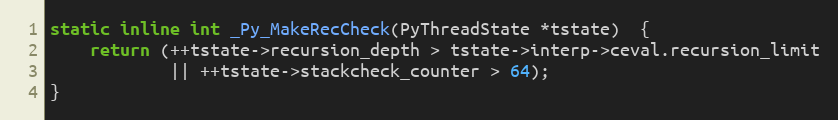
Language: C
static inline int _Py_MakeRecCheck(PyThreadState *tstate)  {
    return (++tstate->recursion_depth > tstate->interp->ceval.recursion_limit
            || ++tstate->stackcheck_counter > 64);
}